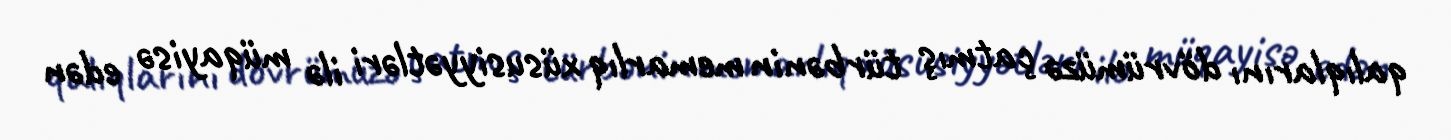
qalıqlarını dövrümüzə çatmış türbənin memarlıq xüsusiyyətləri ilə müqayisə edən